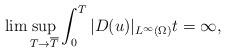
LaTeX: \begin{align*}\lim \sup_{ T \rightarrow \overline{T}} \int_0^T |D( u)|_{ L^\infty(\Omega)}t=\infty,\end{align*}